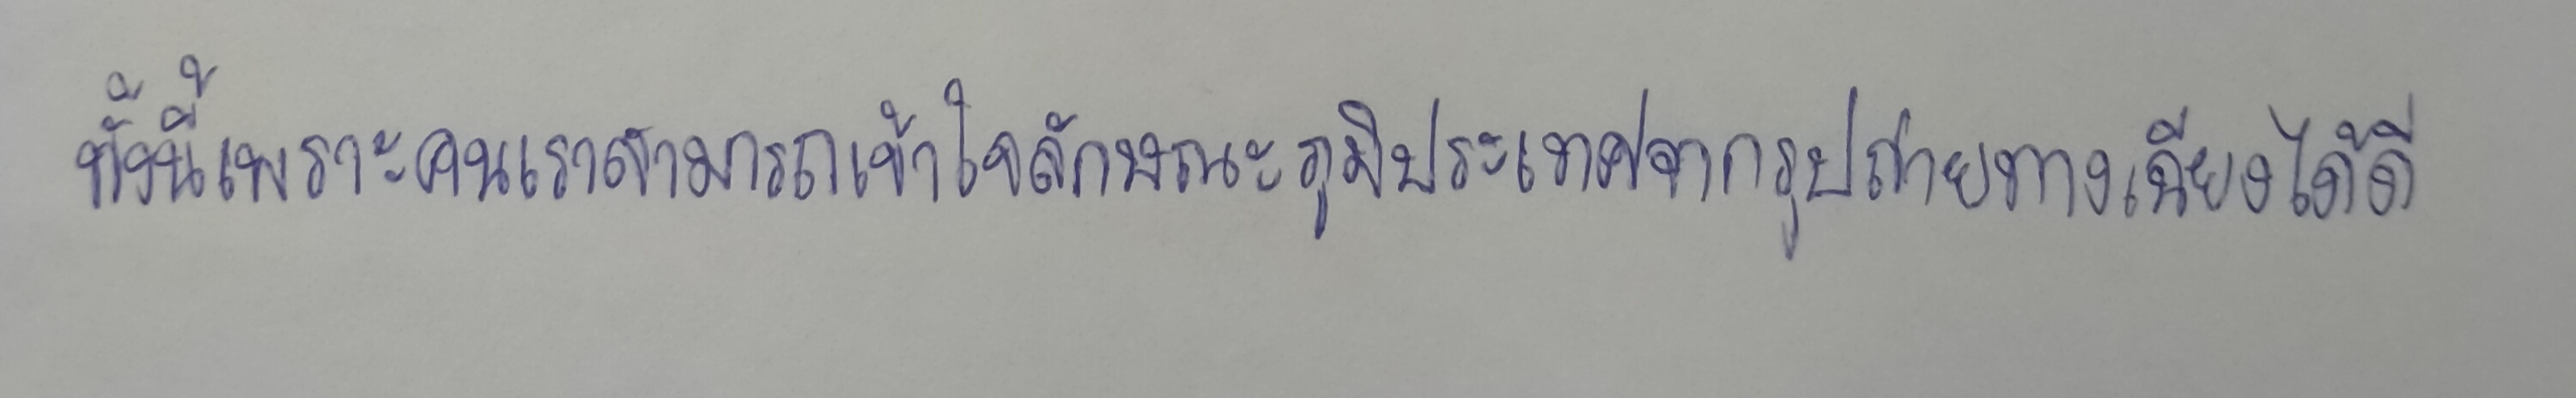
ทั้งนี้เพราะคนเราสามารถเข้าใจลักษณะภูมิประเทศจากรูปถ่ายทางเฉียงได้ดี